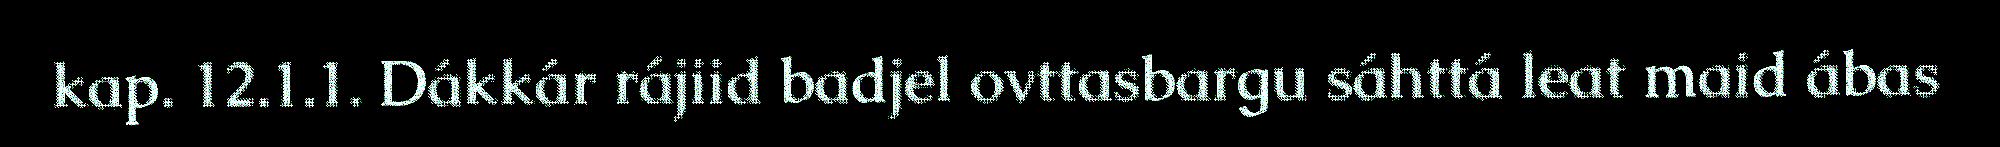
kap. 12.1.1. Dákkár rájiid badjel ovttasbargu sáhttá leat maid ábas